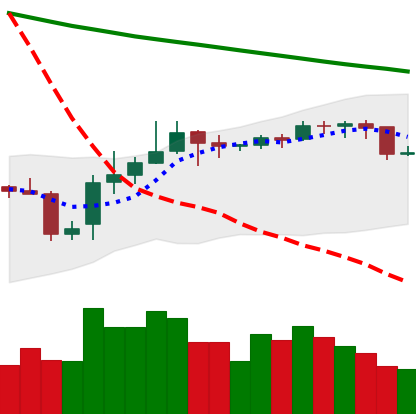
Ticker: BNB-USD
Chart end date: 2019-11-09
Forward return: 7.749%
Label: up_7plus